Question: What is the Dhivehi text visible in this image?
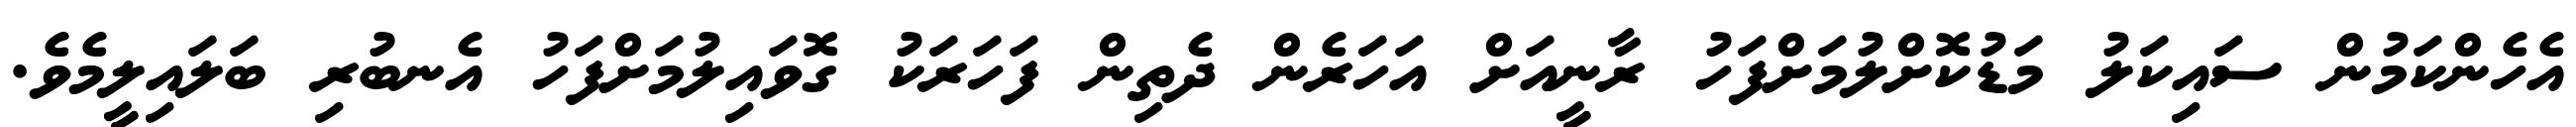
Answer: އެހެންކަމުން ސައިކަލު މަޑުކޮށްލުމަށްފަހު ރާނީއަށް އަހަރެން ދެތިން ފަހަރަކު ގޮވައިލުމަށްފަހު އެނބުރި ބަލައިލީމެވެ.